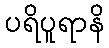
ပရိပူရာနိ